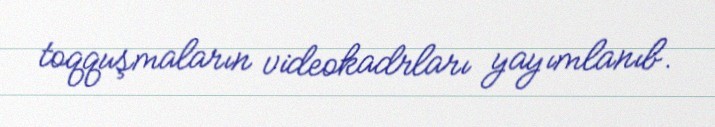
toqquşmaların videokadrları yayımlanıb.